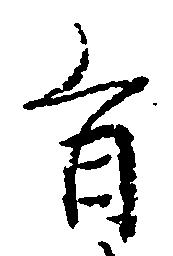
旨